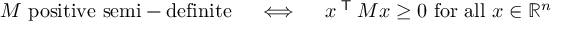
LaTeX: M { \mathrm { ~ p o s i t i v e ~ s e m i - d e f i n i t e } } \quad \iff \quad x ^ { \textsf { T } } M x \geq 0 { \mathrm { ~ f o r ~ a l l ~ } } x \in \mathbb { R } ^ { n }